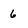
Character: 6